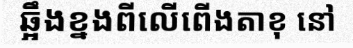
ឆ្អឹងខ្នងពីលើពើងតាខុ នៅ